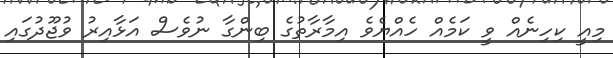
މިއީ ކިހިނެއް ވީ ކަމެއް ހެއްޔެވެ އިމާރާތުގެ ބިންގާ ނުވެސް އަޅާއިރު ވުޖޫދުގައި